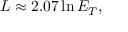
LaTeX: L \approx 2 . 0 7 \ln E _ { T } ,